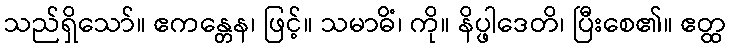
သည်ရှိသော်။ ဧကန္တေန၊ ဖြင့်။ သမာဓိံ၊ ကို။ နိပ္ဖါဒေတိ၊ ပြီးစေ၏။ ဧတ္ထ